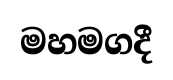
මහමගදී